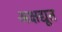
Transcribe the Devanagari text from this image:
अक्षद्यूत